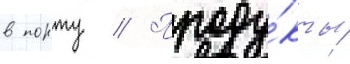
в порту // Проду́кты